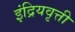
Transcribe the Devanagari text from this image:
इंद्रियवृत्ती